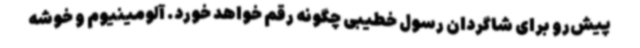
پیش‌رو برای شاگردان رسول خطیبی چگونه رقم خواهد خورد. آلومینیوم و خوشه